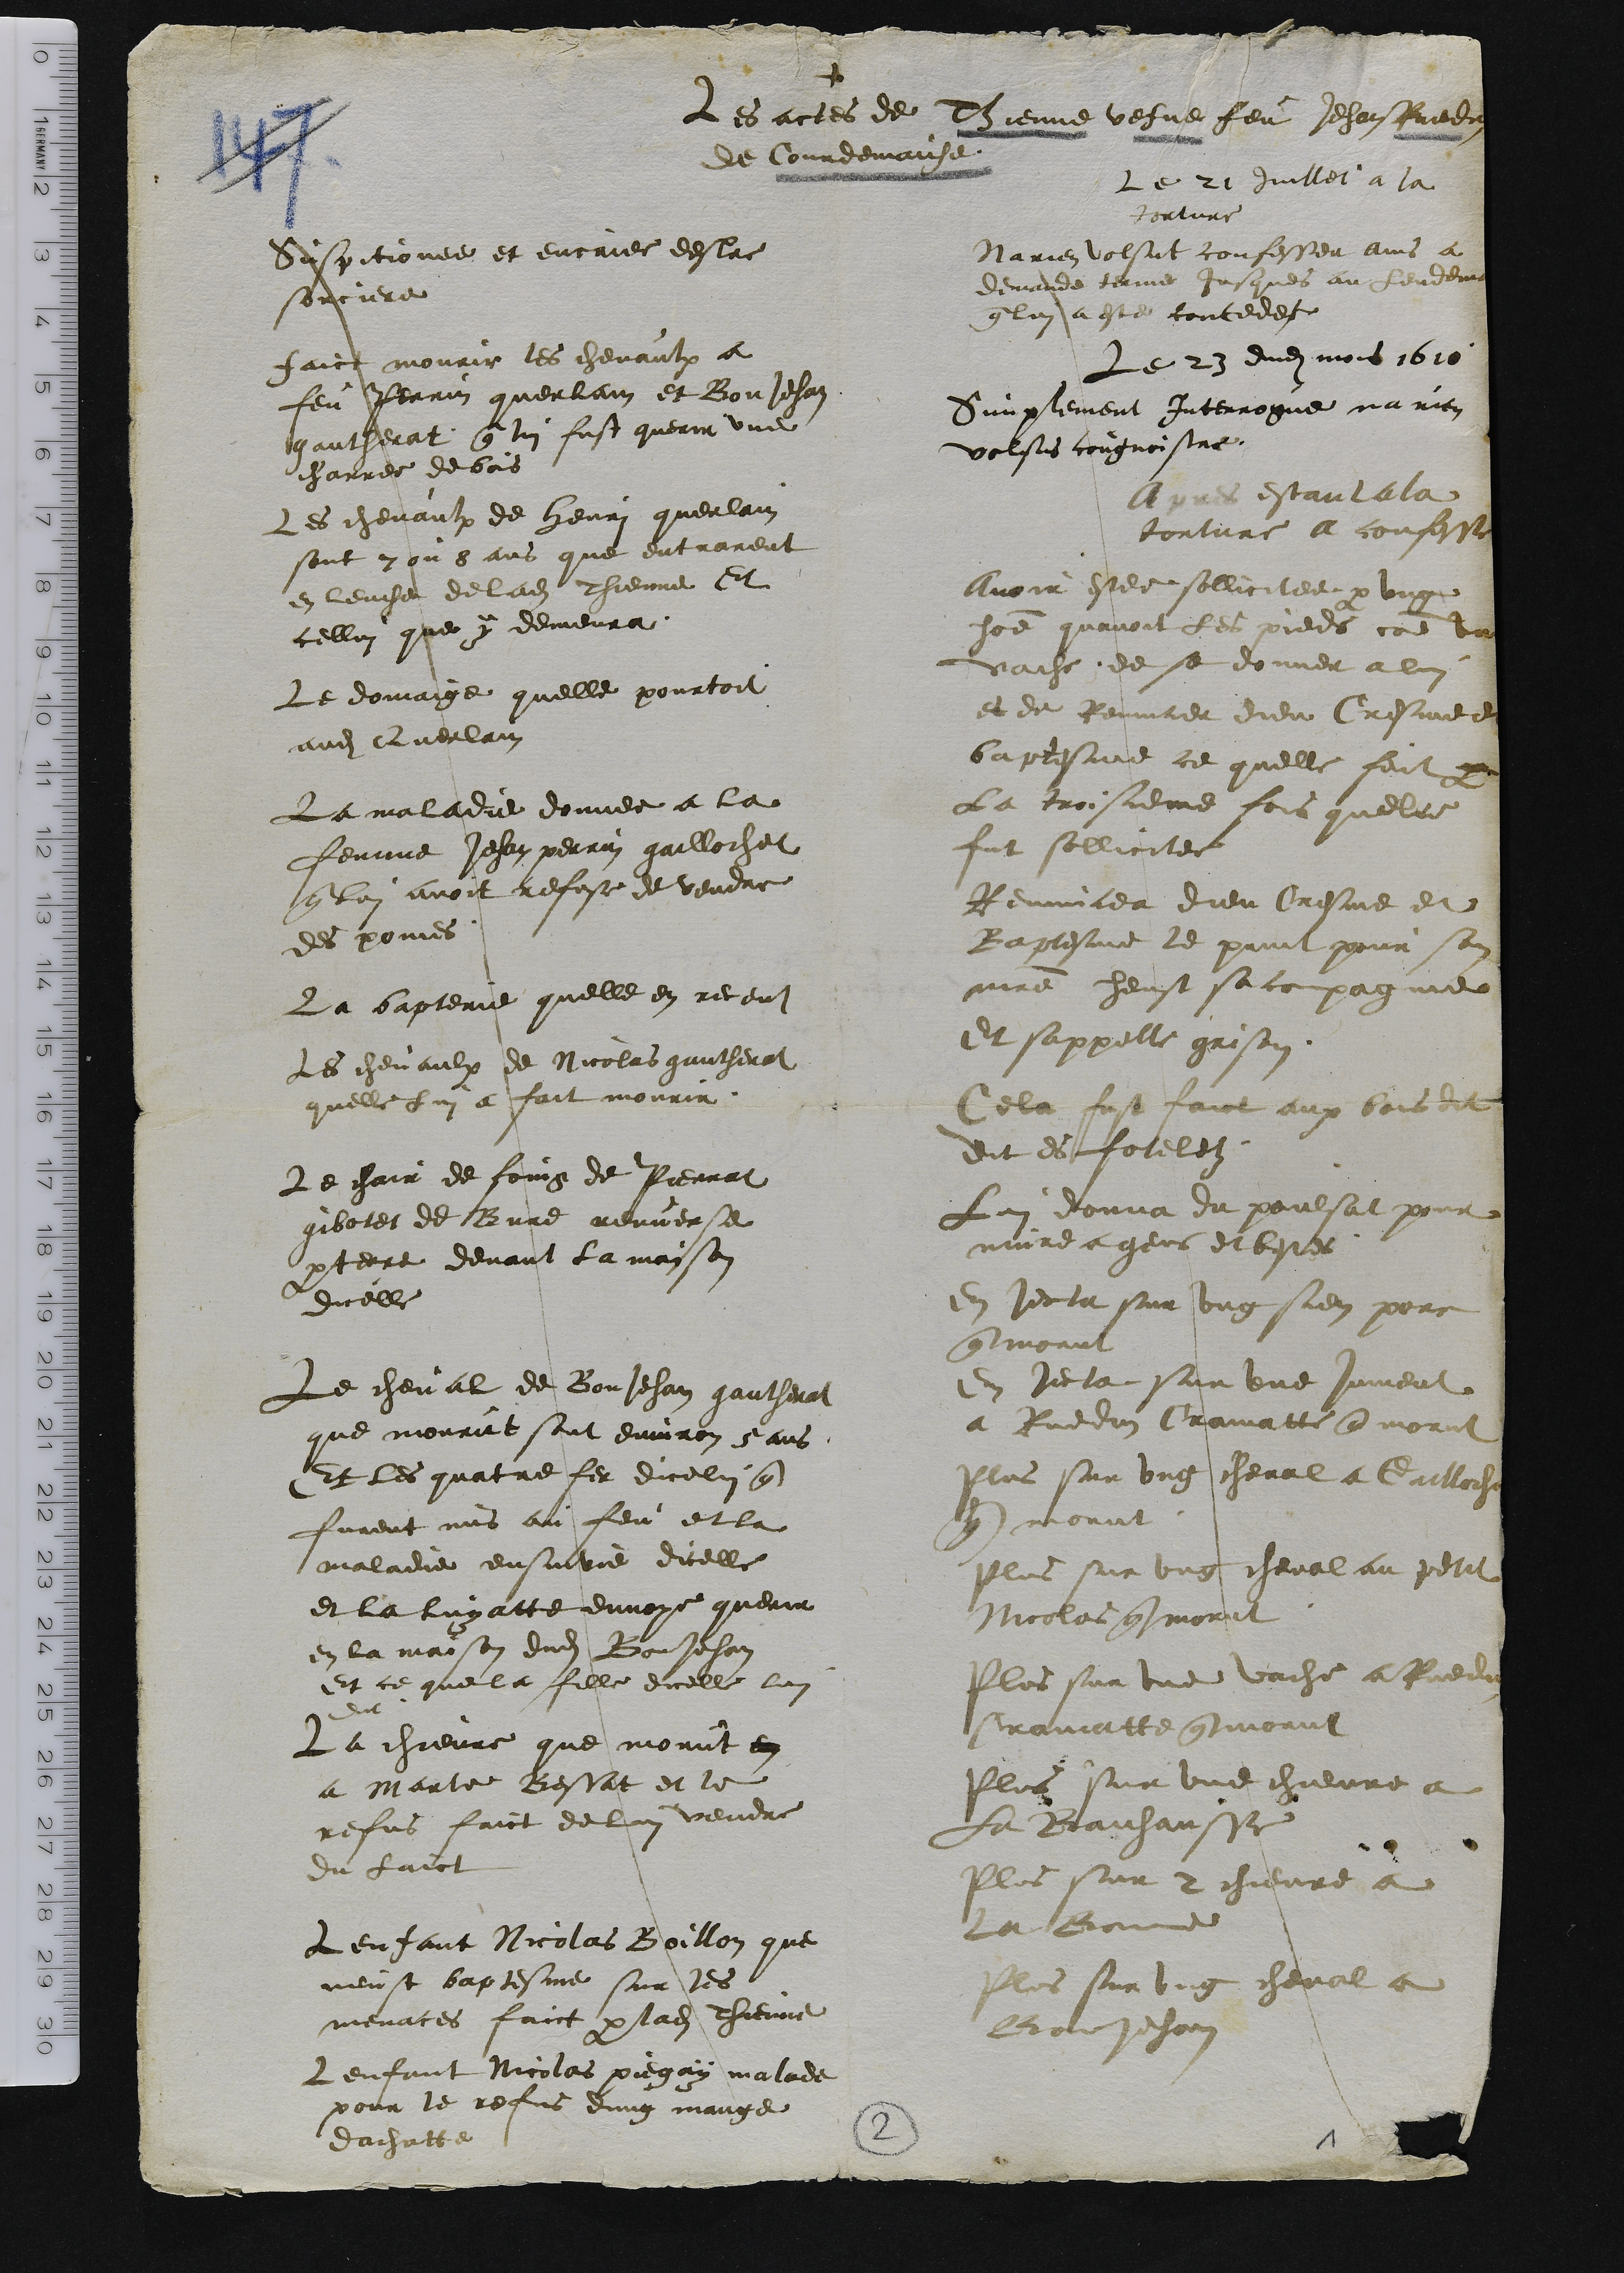
+
Les actes de Thienne vefve feu Jehan Ruedin
de Courdemaiche
Le 21 Juillet a la
torture
Suspitionee et encriee destre
sorciere
faict mourir les chevaulx a
feu Perrin querlain et BonJehan
gautherat qui lui fust querir une
charree de bois
Les chevaulx de henri querlain
sont 7 ou 8 ans que entrarent
en leuche de lad Thienne Et
cellui que y demeura.
Le domaige quelle pourtoit
aud Qerlain
La maladie donnee a la
femme Jehan perrin gaillochet
qui lui avoit refuse de vendre
des pomes
La bapterie quelle en receut
Les chevaulx de Nicolas gautherat
quelle Lui a fait mourir
Le chair de foing de Pierrat
gibotes de Bure renverse
parterre devant la maison
dicelle
Le cheval de BonJehan gautherat
que mourut sont environ 5 ans
Et les quatre fer dicelui qui
furent mis au feu et la
maladie ensuivie dicelle
et la luyatte envoye querir
en la maison dud BonJehan
Et ce que la fille dicelle lui
dit
La chievre que morut en
a Marte Bessat et le
refus faict de lui vendre
du laict
Lenfant Nicolas Boillon que
neust baptesme sur les
menaces faict par lad Thienne
Lenfant Nicolas piegay malade
pour le refus dung mange
dachatte
Na rien volsut confesser ains a
demande terme jusques au Lendemain
qui lui a este concedee
Le 23 dud mois 1610
Simplement interrogue na rien
volsus cougnoistre
Apres estant a la
torture a confesse
avoir estee sollicitee par ung
homme quavoit Les pieds comme une
vache de se donner a lui
et de Renuncer dieu Cresme et
baptesme ce quelle feit par
La troisieme fois quelle
fut sollicitee
Renuncea dieu Cresme et
Baptesme le print pour son
maitre heust sa compagnie
Et sappelle grison
Cela fust faict aux bois dit
Dit es foteletz.
Lui donna du poulsat pour
nuire a gens et bestes
En jecta sur ung sien porc
qui morut
En jecta sur une jument
a Ruedin Cramatte qui morut
Plus sur ung cheval a Cailloche
qui morut.
plus sur ung cheval au petit
Nicolas qui morut
plus sur une vache a Ruedin
Cramatte qui morut
Plus sur une chievre a
La Baichausse
plus sur 2 chievre a
le Bonne
Plus sur ung cheval a
Bon Jehan